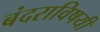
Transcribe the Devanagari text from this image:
बंदराविषयी